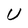
Character: U